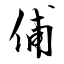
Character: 俌